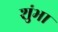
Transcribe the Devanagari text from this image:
शुंभा